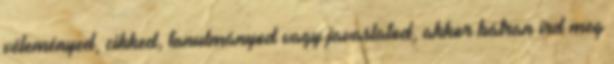
véleményed, cikked, tanulmányod vagy javaslatod, akkor bátran írd meg